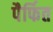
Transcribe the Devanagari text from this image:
पैर्फित